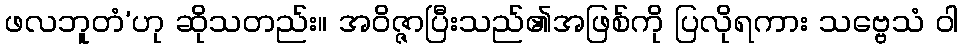
ဖလဘူတံ’ဟု ဆိုသတည်း။ အဝိဇ္ဇာပြီးသည်၏အဖြစ်ကို ပြလိုရကား သဗ္ဗေသံ ဝါ